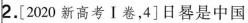
2.[2020新高考Ⅰ卷，4]日晷是中国